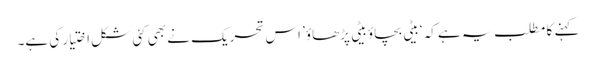
کہنے کا مطلب یہ ہے کہ ‘بیٹی بچاؤ بیٹی پڑھاؤ’ اس تحریک نے بھی کئی شکل اختیار کی ہے۔